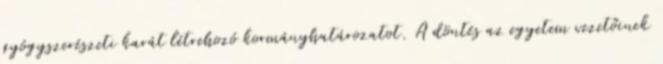
gyógyszerészeti karát létrehozó kormányhatározatot. A döntés az egyetem vezetőinek